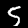
Label: 5